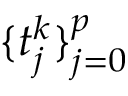
\{ t _ { j } ^ { k } \} _ { j = 0 } ^ { p }